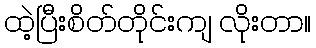
ထဲ့ပြီးစိတ်တိုင်းကျ လိုးတာ။